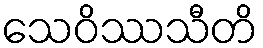
သေဝိဿသီတိ